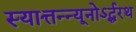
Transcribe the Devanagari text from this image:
स्यात्तन्न्यूनोऽर्द्धरथ